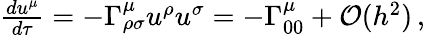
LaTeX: \begin{array}{r}{\frac{du^{\mu}}{d\tau}=-\Gamma_{\rho\sigma}^{\mu}u^{\rho}u^{\sigma}=-\Gamma_{00}^{\mu}+\mathcal{O}(h^{2})\, ,}\end{array}